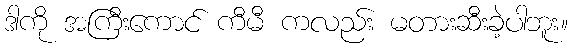
ဒါကို အကြီးကောင် ကီမီ ကလည်း မတားဆီးခဲ့ပါဘူး။